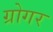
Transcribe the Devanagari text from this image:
ग्रोगर